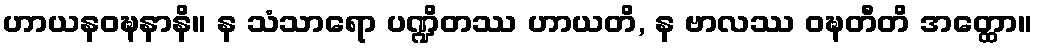
ဟာယနဝဍ္ဎနာနိ။ န သံသာရော ပဏ္ဍိတဿ ဟာယတိ, န ဗာလဿ ဝဍ္ဎတီတိ အတ္ထော။